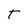
Character: t